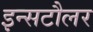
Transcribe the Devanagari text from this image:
इन्सटौलर